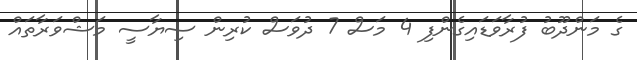
ގެ މަންދޫބު ފުރާވަޑައިގެންފި 4 މަސް 7 ދުވަސް ކުރިން ސިޔާސީ މަޝްވަރާތައް